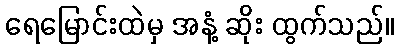
ရေမြောင်းထဲမှ အနံ့ ဆိုး ထွက်သည်။